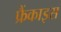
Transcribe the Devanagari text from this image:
फ्रैंकाइस